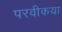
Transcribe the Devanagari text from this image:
परवीकया